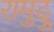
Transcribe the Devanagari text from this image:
रामुदु